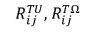
R _ { i j } ^ { T U } , R _ { i j } ^ { T \Omega }